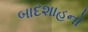
બાદશાહનો